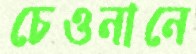
চেওনানে